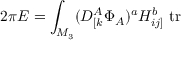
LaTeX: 2 \pi { \cal E } = \int _ { M _ { 3 } } ( D _ { [ k } ^ { A } \Phi _ { A } ) ^ { a } H _ { i j ] } ^ { b } \ \mathrm { t r }